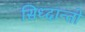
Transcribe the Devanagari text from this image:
सिध्दान्तो